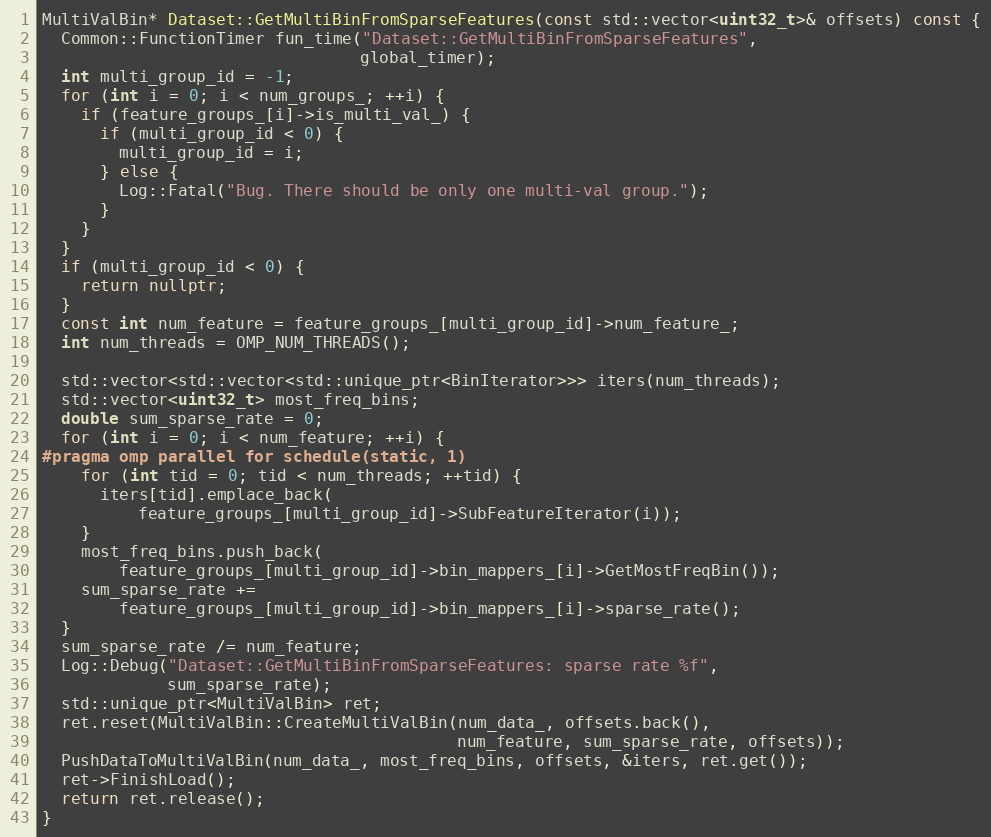
Language: C++
MultiValBin* Dataset::GetMultiBinFromSparseFeatures(const std::vector<uint32_t>& offsets) const {
  Common::FunctionTimer fun_time("Dataset::GetMultiBinFromSparseFeatures",
                                 global_timer);
  int multi_group_id = -1;
  for (int i = 0; i < num_groups_; ++i) {
    if (feature_groups_[i]->is_multi_val_) {
      if (multi_group_id < 0) {
        multi_group_id = i;
      } else {
        Log::Fatal("Bug. There should be only one multi-val group.");
      }
    }
  }
  if (multi_group_id < 0) {
    return nullptr;
  }
  const int num_feature = feature_groups_[multi_group_id]->num_feature_;
  int num_threads = OMP_NUM_THREADS();

  std::vector<std::vector<std::unique_ptr<BinIterator>>> iters(num_threads);
  std::vector<uint32_t> most_freq_bins;
  double sum_sparse_rate = 0;
  for (int i = 0; i < num_feature; ++i) {
#pragma omp parallel for schedule(static, 1)
    for (int tid = 0; tid < num_threads; ++tid) {
      iters[tid].emplace_back(
          feature_groups_[multi_group_id]->SubFeatureIterator(i));
    }
    most_freq_bins.push_back(
        feature_groups_[multi_group_id]->bin_mappers_[i]->GetMostFreqBin());
    sum_sparse_rate +=
        feature_groups_[multi_group_id]->bin_mappers_[i]->sparse_rate();
  }
  sum_sparse_rate /= num_feature;
  Log::Debug("Dataset::GetMultiBinFromSparseFeatures: sparse rate %f",
             sum_sparse_rate);
  std::unique_ptr<MultiValBin> ret;
  ret.reset(MultiValBin::CreateMultiValBin(num_data_, offsets.back(),
                                           num_feature, sum_sparse_rate, offsets));
  PushDataToMultiValBin(num_data_, most_freq_bins, offsets, &iters, ret.get());
  ret->FinishLoad();
  return ret.release();
}